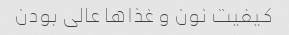
کیفیت نون و غذا‌ها عالی بودن